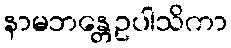
နာမဘန္တေဥပါသိကာ